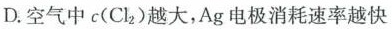
D.空气中c(Cl2)越大，Ag电极消耗速率越快